Annual report on the mental hospital in the Central Provinces and Berar (Nagpur) - 1927-1951
Year: 1927
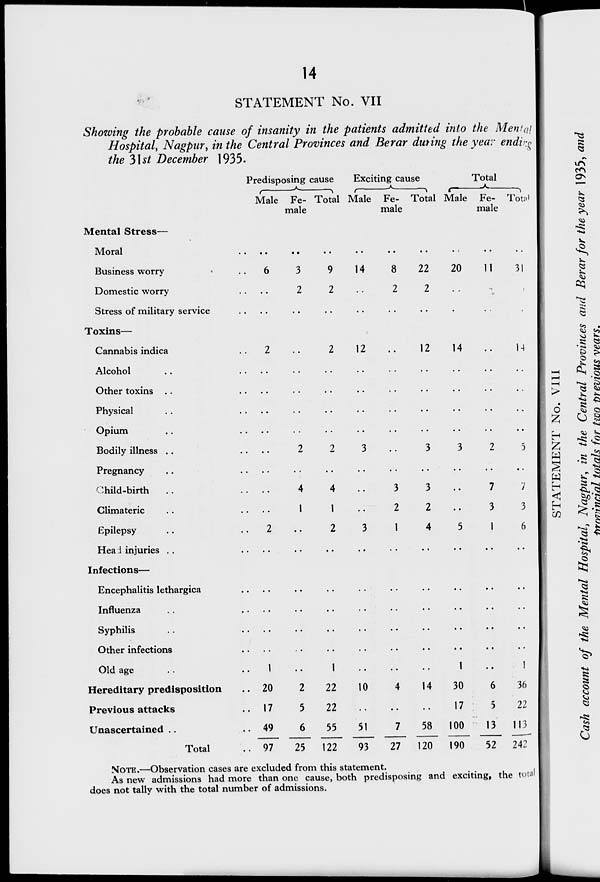
14
STATEMENT No. VII
Showing the probable cause of insanity in the patients admitted into the Mental
Hospital, Nagpur, in the Central Provinces and Berar during the year ending
the 31st December 1935.
Mental Stress—
Moral ..
Business worry ..
Domestic worry ..
Stress of military service ..
Toxins—
Cannabis indica ..
Alcohol .. ..
Other toxins .. ..
Physical .. ..
Opium .. ..
Bodily illness .. ..
Pregnancy .. ..
Child-birth .. ..
Climateric .. ..
Epilepsy .. ..
Head injuries .. ..
Infections—
Encephalitis lethargica ..
Influenza .. ..
Syphilis .. ..
Other infections .. ..
Old age .. ..
Hereditary predisposition ..
Previous attacks ..
Unascertained ..
Total ..
Predisposing cause
Male
..
6
..
..
2
..
..
..
..
..
..
..
..
2
..
..
..
..
..
1
20
17
49
97
Fe-
male
..
3
2
..
..
..
..
..
..
2
..
4
1
..
..
..
..
..
..
..
2
5
6
25
Total
..
9
2
..
2
..
..
..
..
2
..
4
1
2
..
..
..
..
..
1
22
22
55
122
Exciting cause
Male
..
14
..
..
12
..
..
..
..
3
..
..
..
3
..
..
..
..
..
..
10
..
51
93
Fe-
male
..
8
2
..
..
..
..
..
..
..
..
3
2
1
..
..
..
..
..
..
4
..
7
27
Total
..
22
2
..
12
..
..
..
..
3
..
3
2
4
..
..
..
..
..
..
14
..
58
120
Total
Male
..
20
..
..
14
..
..
..
..
3
..
..
..
5
..
..
..
..
..
1
30
17
100
190
Fe-
male
..
11
..
..
..
..
..
..
..
2
..
7
3
1
..
..
..
..
..
..
6
5
13
52
Total
..
31
..
..
14
..
..
..
..
5
..
7
3
6
..
..
..
..
..
1
36
22
113
242
NOTE.—Observation cases are excluded from this statement.
As new admissions had more than one cause, both predisposing and exciting, the total
does not tally with the total number of admissions.